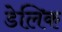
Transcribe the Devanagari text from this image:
डेलिक